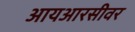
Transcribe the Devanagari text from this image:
आयआरसीवर